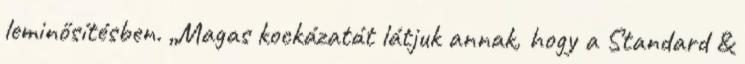
leminősítésben. „Magas kockázatát látjuk annak, hogy a Standard &